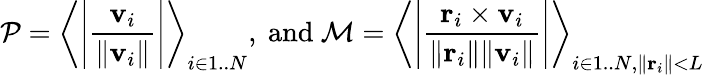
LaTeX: \mathcal P=\left\langle\left|\frac{\mathbf v_{i}}{\| \mathbf v_{i}\| }\right|\right\rangle_{i\in 1..N}\mathrm{,~and}\ \mathcal M=\left\langle\left|\frac{\mathbf r_{i}\times\mathbf v_{i}}{\| \mathbf r_{i}\| \| \mathbf v_{i}\| }\right|\right\rangle_{i\in 1..N,\| \mathbf r_{i}\| <L}